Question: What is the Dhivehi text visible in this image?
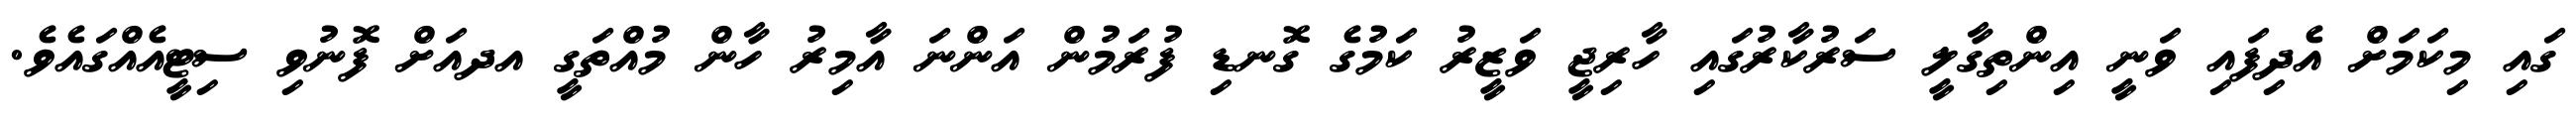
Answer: ގައި މިކަމަށް އެދިފައި ވަނީ އިންތިގާލީ ސަރުކާރުގައި ހާރިޖީ ވަޒީރު ކަމުގެ ގޮނޑި ފުރަމުން އަންނަ އާމިރު ހާން މުއްތަގީ އދއަށް ފޮނުވި ސިޓީއެއްގައެވެ.